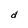
Character: d